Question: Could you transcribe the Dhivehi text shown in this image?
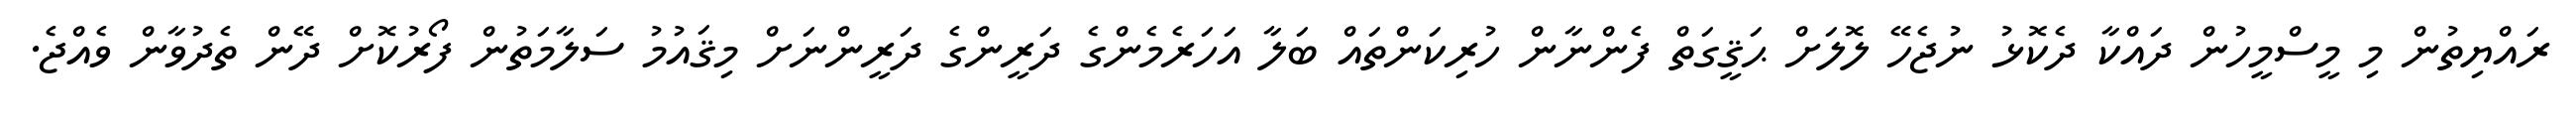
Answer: ރައްޔިތުން މި މީސްމީހުން ދައްކާ ދެކޮޅު ނުޖެހޭ ލޮލަށް ޙަޤީގަތް ފެންނާން ހުރިކަންތައް ބަލާ އަހަރެމެންގެ ދަރީންގެ ދަރީންނަށް މިޤައުމު ސަލާމަތުން ފޯރުކޮށް ދޭން ތެދުވާން ވެއްޖެ.